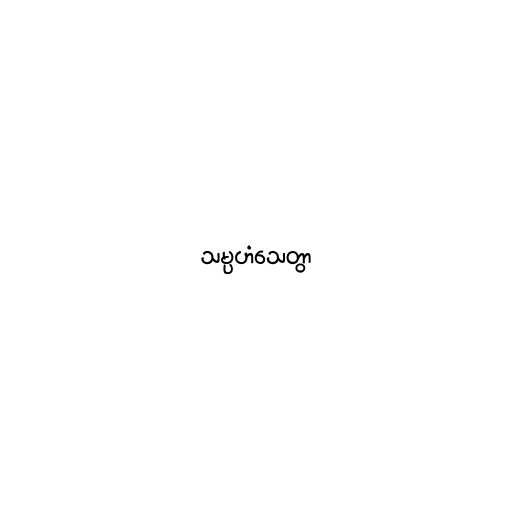
သမ္ပဟံသေတွာ